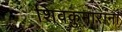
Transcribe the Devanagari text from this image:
शिवकुमारांना